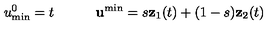
u _ { \mathrm { m i n } } ^ { 0 } = t \quad \quad \quad { \bf u } ^ { \min } = s { \bf z } _ { 1 } ( t ) + ( 1 - s ) { \bf z } _ { 2 } ( t )